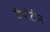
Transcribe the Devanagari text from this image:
कैरीटीन